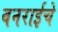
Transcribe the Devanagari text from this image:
वनराईचे